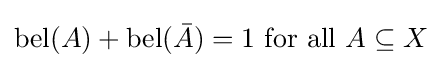
\operatorname {bel} (A)+\operatorname {bel} ({\bar {A}})=1{\text{ for all }}A\subseteq X